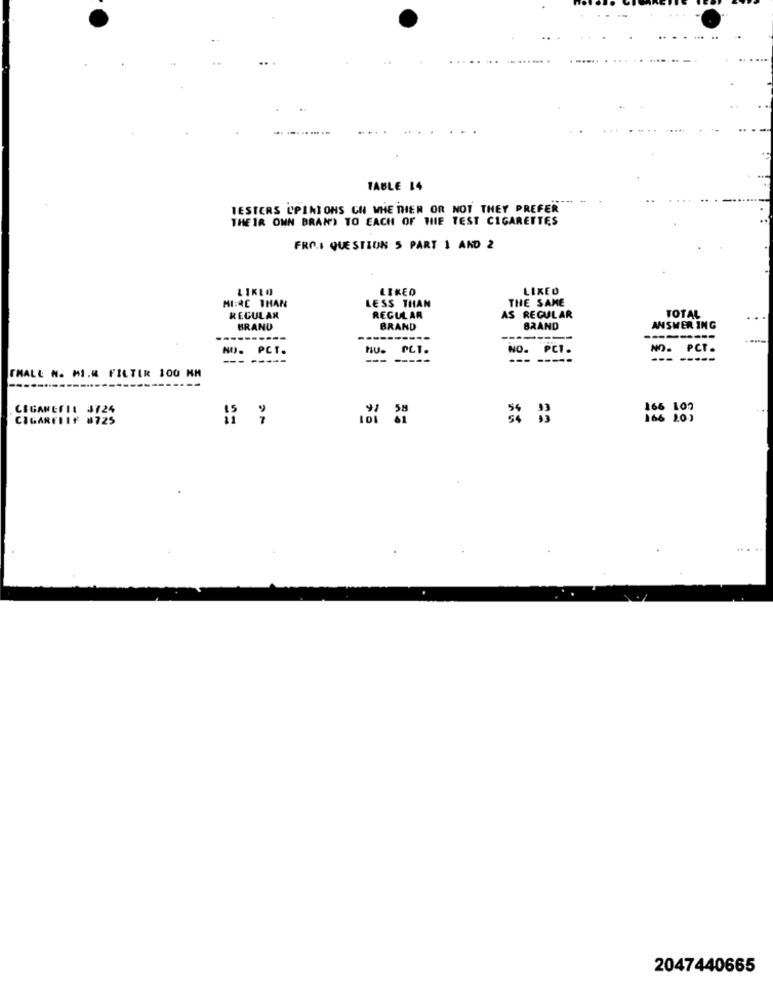
TABLE 14
TESTERS OPINIONS CH WHETHER OR NOT THEY PREFER
THEIR OWN BRANT TO EACH OF HIE TEST CIGARETTES
FROI QUESTION 5 PART 1 AND 2
LIKED
LIKED
LIKED
MI:RE THAN
THE SAME
LESS THAN
TOTAL
REGULAR
REGULAR
AS REGULAR
BRAND
BRAND
BRAND
ANSWER ING
-----
--------
NO .
PCT.
NO.
PCT.
NO.
. PCT.
-- -----
---
----
--- -----
THALE N. MI.M FILTER 100 NM
CSGAMEFIL J724
100
..
CIGARETIF 8725
2047440665